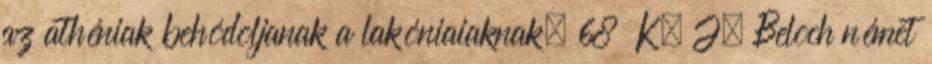
az athéniak behódoljanak a lakóniaiaknak. 68 K. J. Beloch német